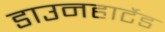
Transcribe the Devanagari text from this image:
डाउनहार्टेड